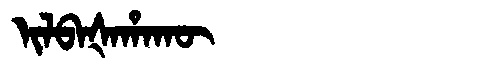
Manchu: ᡳᠯᠪᠠᡧᠠᡥᠠᡴᡡ
Romanization: ILBAŠAHAKŪ